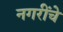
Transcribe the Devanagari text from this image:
नगरींचे